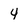
Character: 4